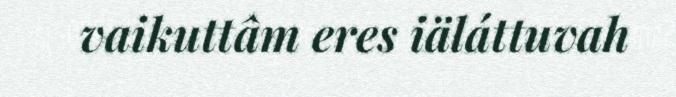
vaikuttâm eres iäláttuvah